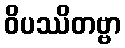
ဝိပဿိတဗ္ဗာ